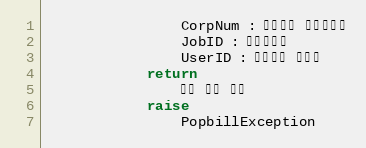
Language: Python
                CorpNum : 팝빌회원 사업자번호
                JobID : 작업아이디
                UserID : 팝빌회원 아이디
            return
                수집 상태 정보
            raise
                PopbillException